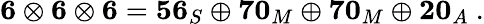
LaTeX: \mathbf{6}\otimes\mathbf{6}\otimes\mathbf{6}=\mathbf{56}_{S}\oplus\mathbf{70}_{M}\oplus\mathbf{70}_{M}\oplus\mathbf{20}_{A}~.